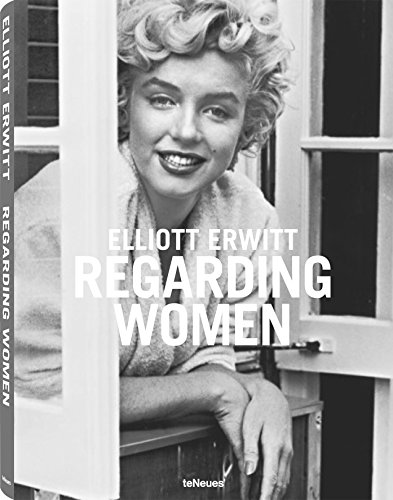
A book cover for Regarding Women; Arts & Photography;